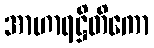
အာဟာရဋ္ဌိတိကော